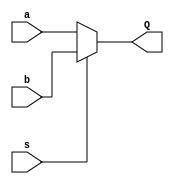
module MUX2to1 (a, b, s, Q);

   input [31:0] a;
   input [31:0] b;
   input s;
   output [31:0] Q;

   assign Q = s ? b : a;
   
endmodule

module MUX4to1 (a, b, c, d, s, Q);

   input [31:0] a;
   input [31:0] b;
   input [31:0] c;
   input [31:0] d;
   input [1:0] s;
   output [31:0] Q;

   assign Q = s[1] ? (s[0] ? d : c) : (s[0] ? b : a);
   
endmodule